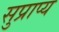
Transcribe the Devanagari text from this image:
सुप्राप्य